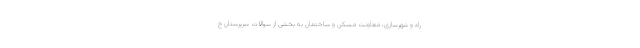
راه و شهرسازی، معاونت مسکن و ساختمان به بخشی از سوالات سرپرستان خ